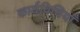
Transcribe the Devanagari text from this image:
कार्यविधियाँ